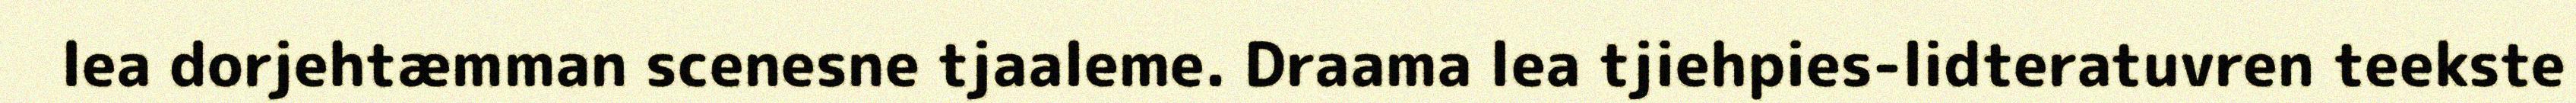
lea dorjehtæmman scenesne tjaaleme. Draama lea tjiehpies-lidteratuvren teekste